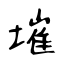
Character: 墔